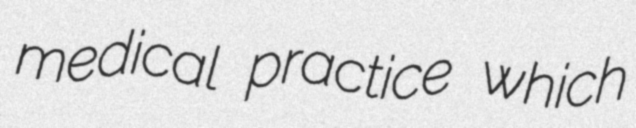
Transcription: medical practice which